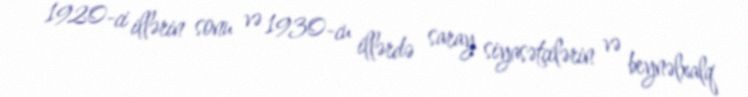
1920-ci illərin sonu və 1930-cu illərdə saray siyasətçilərin və beynəlxalq